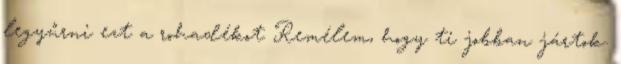
legyűrni ezt a rohadékot Remélem, hogy ti jobban jártok.